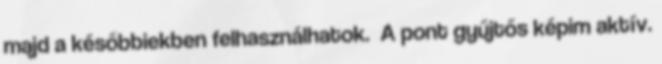
majd a későbbiekben felhasználhatok. A pont gyűjtős képim aktív.